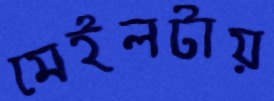
মেইলটায়